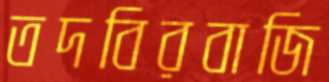
তদবিরবাজি